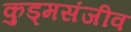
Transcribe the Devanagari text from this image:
कुड्मसंजीव